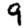
Digit: 9